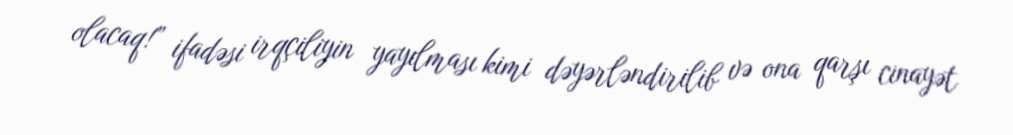
olacaq!” ifadəsi irqçiliyin yayılması kimi dəyərləndirilib və ona qarşı cinayət